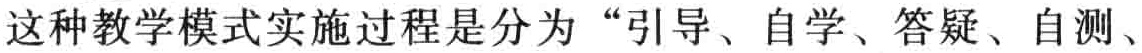
这种教学模式实施过程是分为“引导、自学、答疑、自测、